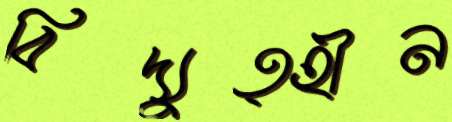
বিদ্যুত্হীন